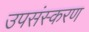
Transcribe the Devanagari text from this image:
उपसंस्करण